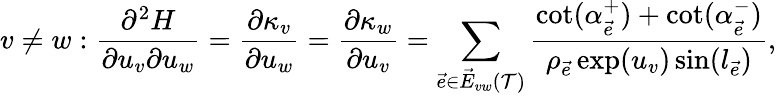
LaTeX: v\neq w:\frac{\partial^{2}H}{\partial u_{v}\partial u_{w}}=\frac{\partial\kappa_{v}}{\partial u_{w}}=\frac{\partial\kappa_{w}}{\partial u_{v}}=\sum_{\vec{e}\in\vec{E}_{vw}(\mathcal T)}\frac{\cot(\alpha_{\vec{e}}^{+})+\cot(\alpha_{\vec{e}}^{-})}{\rho_{\vec{e}}\exp(u_{v})\sin(l_{\vec{e}})},